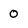
Character: 0